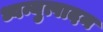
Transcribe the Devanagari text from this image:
ध्वन्युत्पादन